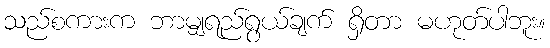
သည်စကားက ဘာမျှရည်ရွယ်ချက် ရှိတာ မဟုတ်ပါဘူး။